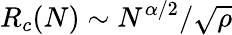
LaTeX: R_{c}(N)\sim N^{\alpha/2}/\sqrt{\rho}